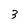
Character: 3